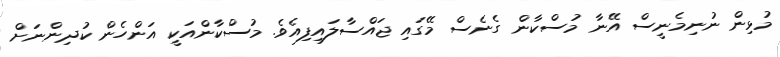
މުޅިން ނުނިމެނީސް އޭނާ މުސްކާން ގެނެސް މޭގައި ޖައްސާލައިފިއެވެ. މުސްކާންއަކީ އަންހެން ކުދިންނަށް